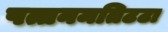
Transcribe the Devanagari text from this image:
पत्तनमतिटटा